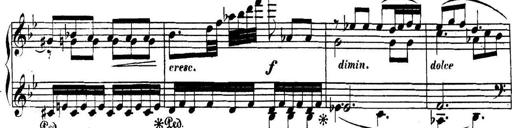
Title: Collected Piano Sonatas
Composer: Muzio Clementi